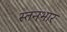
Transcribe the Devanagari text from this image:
स्तनभार